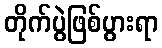
တိုက်ပွဲဖြစ်ပွားရာ